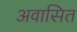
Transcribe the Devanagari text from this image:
अवासित